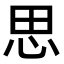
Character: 思